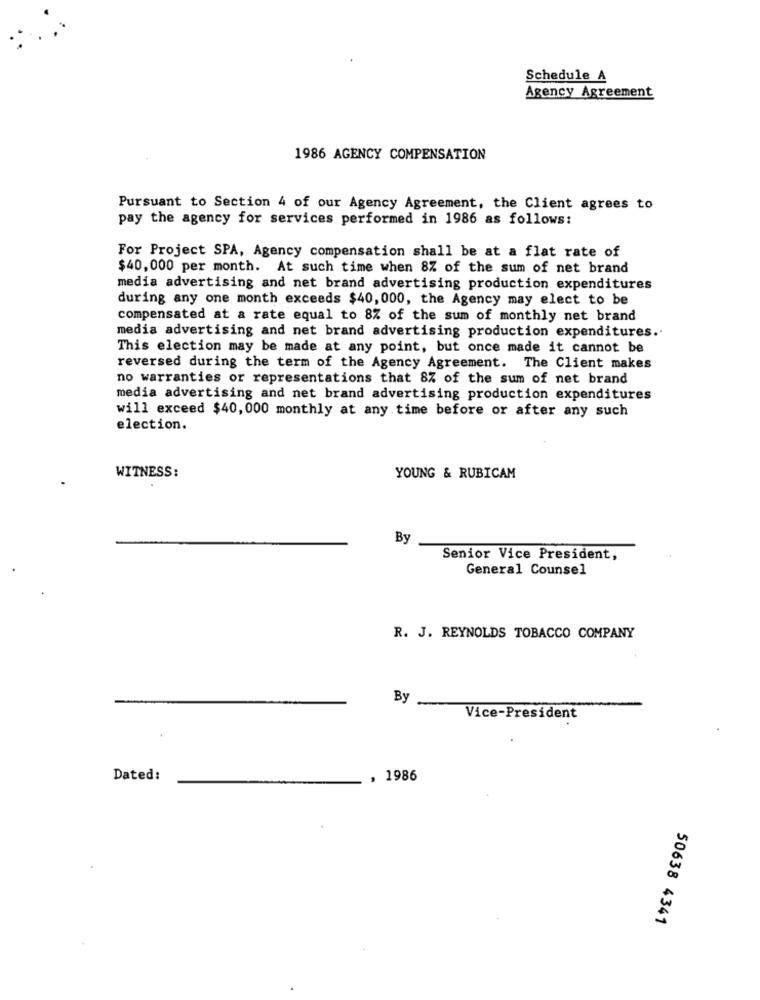
Schedule A
Agency Agreement
1986 AGENCY COMPENSATION
Pursuant to Section 4 of our Agency Agreement, the Client agrees to
pay the agency for services performed in 1986 as follows:
For Project SPA, Agency compensation shall be at a flat rate of
$40,000 per month. At such time when 8% of the sum of net brand
media advertising and net brand advertising production expenditures
during any one month exceeds $40, 000, the Agency may elect to be
compensated at a rate equal to 8% of the sum of monthly net brand
media advertising and net brand advertising production expenditures ..
This election may be made at any point, but once made it cannot be
reversed during the term of the Agency Agreement. The Client makes
no warranties or representations that 8% of the sum of net brand
media advertising and net brand advertising production expenditures
will exceed $40,000 monthly at any time before or after any such
election.
WITNESS:
YOUNG & RUBICAM
By
Senior Vice President,
General Counsel
R. J. REYNOLDS TOBACCO COMPANY
By
Vice-President
Dated:
, 1986
50638 4341